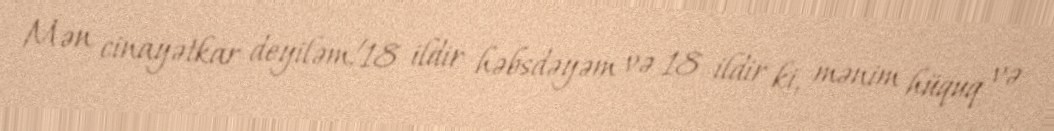
Mən cinayətkar deyiləm!18 ildir həbsdəyəm və 18 ildir ki, mənim hüquq və